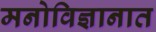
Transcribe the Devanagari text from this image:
मनोविज्ञानात